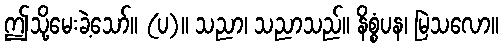
ဤသို့မေးခဲ့သော်။ (ပ)။ သညာ၊ သညာသည်။ နိစ္စံပန၊ မြဲသလော။